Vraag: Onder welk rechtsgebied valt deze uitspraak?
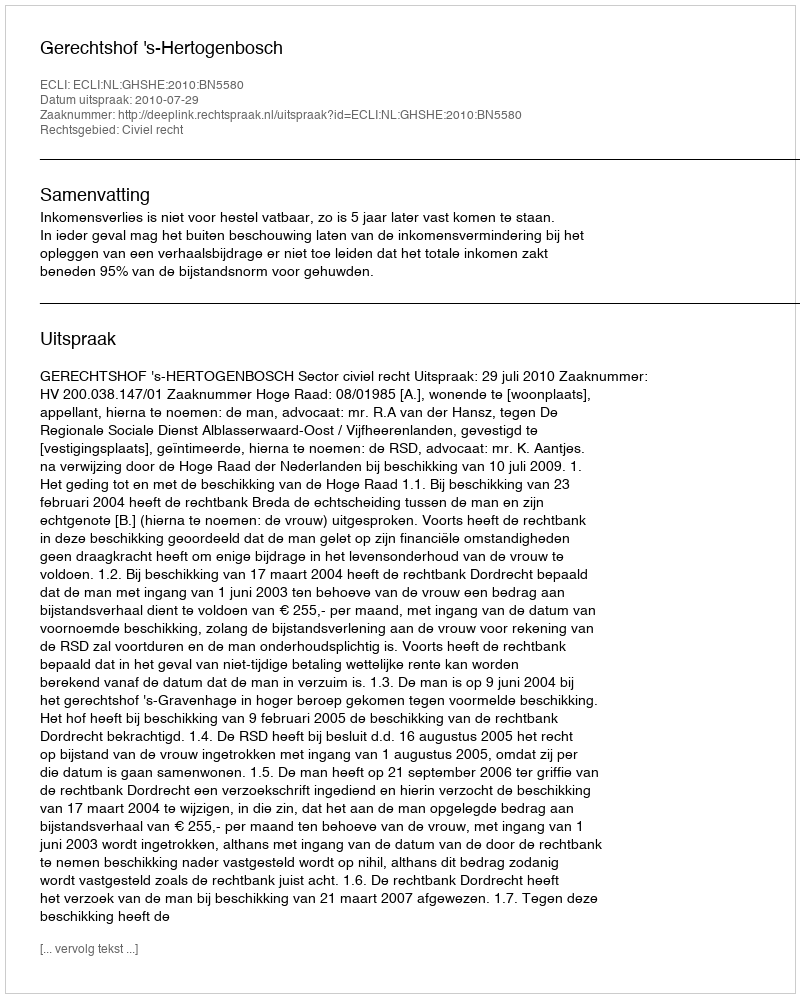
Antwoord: Civiel recht